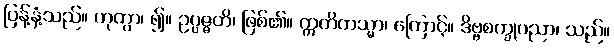
ပြန့်နှံ့သည်။ ဟုတွာ၊ ၍။ ဥပ္ပဇ္ဇတိ၊ ဖြစ်၏။ ဣတိတသ္မာ၊ ကြောင့်။ ဒိဗ္ဗစက္ခုပညာ၊ သည်။